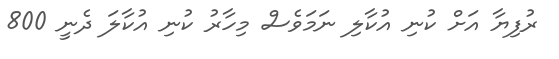
ރުފިޔާ އަށް ކުނި އުކާލި ނަމަވެސް މިހާރު ކުނި އުކާލަ ދެނީ 800